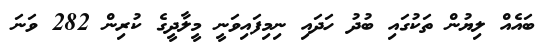
ބައެއް ލިޔުން ތަކުގައި ބުދު ހަދައި ނިމިފައިވަނީ މީލާދީގެ ކުރިން 282 ވަނަ